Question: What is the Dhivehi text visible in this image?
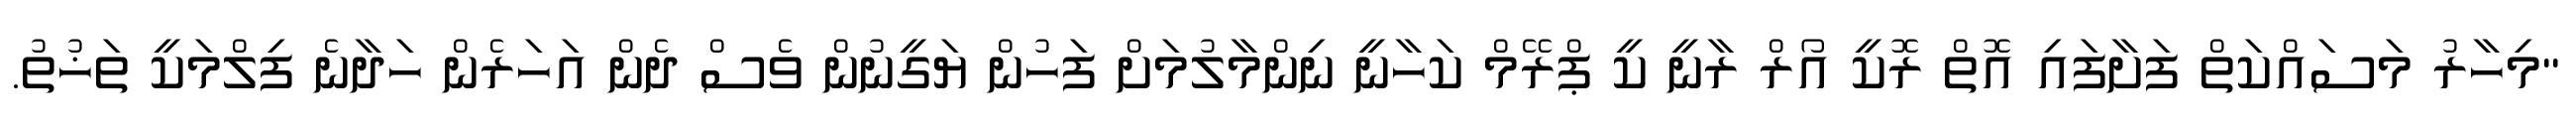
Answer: "މިހާރު މަސައްކަތް ފަށާފައި އޮތް ރޮކީ އޯރް ރާނީ ކީ ޕްރޭމް ކަހާނީ ނިންމާލުމަށް ފަހުން ޔަގީނުން ވެސް ދެން އަހަރެން ހަދާނެ ފިލްމަކީ ތަޚުތު.